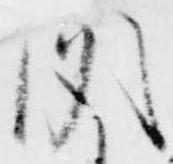
聞